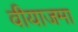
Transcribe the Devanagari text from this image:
वीयाजमा